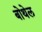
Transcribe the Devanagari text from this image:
बोथेल